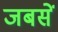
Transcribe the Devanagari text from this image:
जबसें